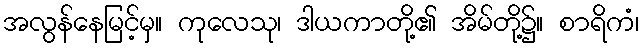
အလွန်နေမြင့်မှ။ ကုလေသု၊ ဒါယကာတို့၏ အိမ်တို့၌။ စာရိကံ၊